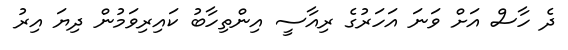
ދެ ހާސް އަށް ވަނަ އަހަރުގެ ރިއާސީ އިންތިހާބު ކައިރިވަމުން ދިޔަ އިރު